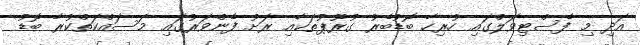
އަދި މި ފެސްޓިވަލްގައި ހުރިހާ ބޮޑުބެރު ގުރޫޕުތަކާއި ރަށު ފެންވަރުގައި މަސައްކަތްކުރާ ބޮޑު